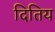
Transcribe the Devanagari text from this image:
दितिय